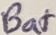
Text: Bat